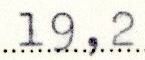
19,2